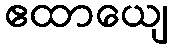
ဧထာယျေ